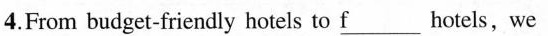
4.From budget-friendly hotels to fhotels,\underline{f} we